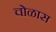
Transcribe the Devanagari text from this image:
चोळास